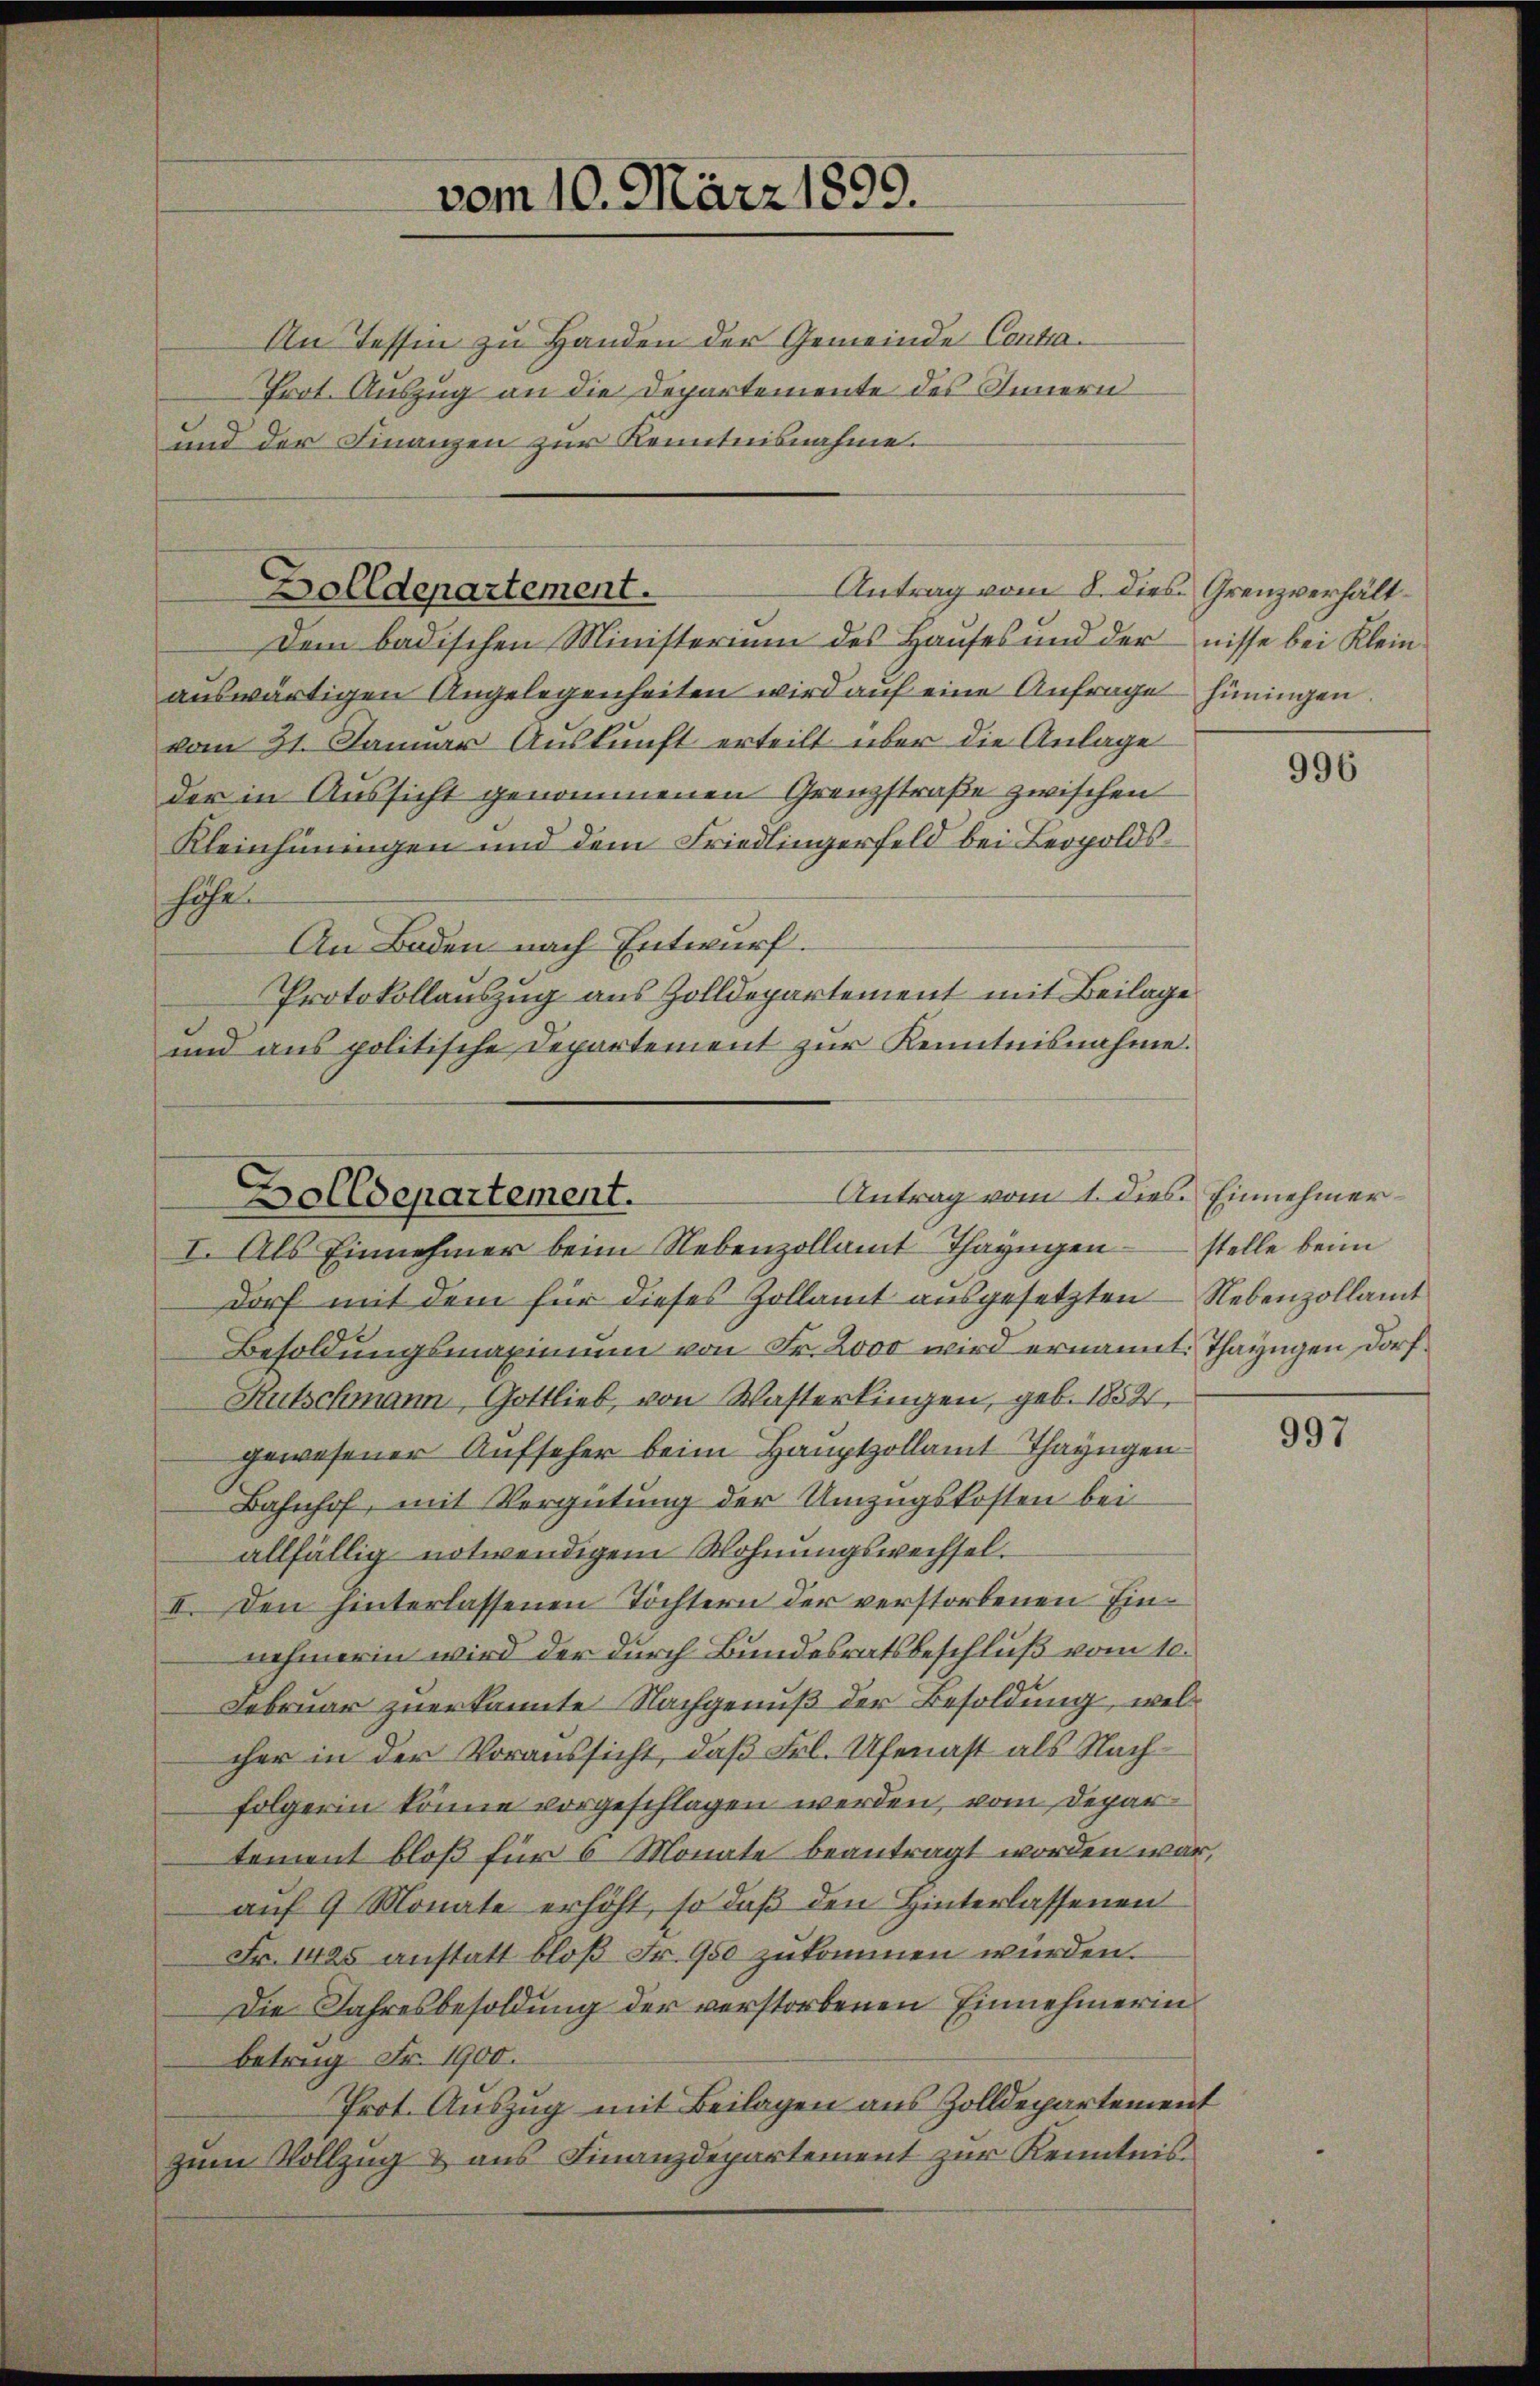
An Tessin zu Handen der Gemeinde Contra¬
Prot. Auszug an die Departemente des Innern
und der Finanzen zur Kenntnisnahme.

vom 10. März 1890.

Dem badischen Ministerium des Hauses und dernisse bei Kleinauswärtigen Angelegenheiten wird auf eine Anfrage Hüningen.
vom 31. Januar Auskunft erteilt über die Anlage
der in Aussicht genommenen Grenzstraße zwischen
Kleinhüningen und dem Friedlingerfeld bei Leopoldshohe
An Boden nach Entwurf.
Protokollauszug aus Zolldepartement mit Beilage
und aus politische Departement zur Kenntnisnahme.
dorf mit dem für dieses Zollamt ausgesetzten – Nebenzollamt
Besoldungsmaximum von Fr. 2000 wird ernannt. Thayngen Dorf.
Sutschmann, Gottlieb, von Wasterkingen, geb. 1854.
gewesener Aufseher beim Hauptzollamt-Thayngen
Bahnhof, mit Vergütung der Umzugskosten bei
allfällig notwendigem Wohnungswechsel.
II. Den hinterlassenen Töchtern der verstorbenen Einnehmerin wird der durch Bundesratsbeschluß vom 10.
Februar zuerkannte Nachgenuß der Besoldung, welcher in der Voraussicht, daß Frl. Ufenast als Nachfolgerin könne vorgeschlagen werden, vom Depar
tement bloß für 6 Monate beantragt worden war,
auf 9 Monate erhöht, so daß den Hinterlassenen
Fr. 1425 anstatt bloß Fr. 950 zukommen würden.
Die Jahresbesoldung der verstorbenen Einnehmerin
Betrug Fr. 1900.
Prot. Auszug mit Beilagen aus Zolldepartement
zum Vollzug & aus Finanzdepartement zur Kenntnis

Antrag vom 8. dies Grenzverhält¬
Zolldepartement.

Antrag vom 1. dies. Einnehmer¬
Zolldepartement.
I. Als Einnehmer beim Nebenzollamt Thayngen stelle beim

996

997